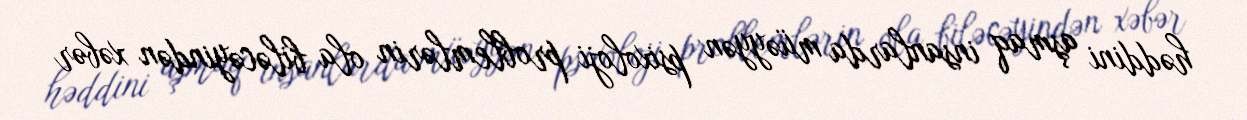
həddini aşmaq insanlarda müəyyən psixoloji problemlərin ola biləcəyindən xəbər